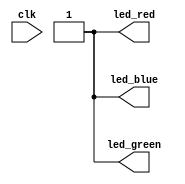
module rgb_test (
        input clk,

        output led_blue, 
        output led_green,
        output led_red);

    //reset button && counter && max counter
    reg div_clk;
    reg [31:0] count;
    localparam [31:0] max_count = 6000;
    localparam led_red = 1;
    assign led_green=1;
    assign led_blue = 1;


    //count up on clock rising edge 
    always @ (posedge div_clk) begin
        led_red = ~led_red; 
    end

    always @ (posedge clk) begin
      if(count == max_count) begin
            count <= 32'b0;
            div_clk = ~div_clk;
        end else begin
            count <= count + 1;
        end
    end

endmodule